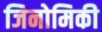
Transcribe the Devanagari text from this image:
जिनोमिकी